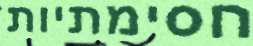
חסימתיות